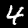
Label: 4